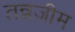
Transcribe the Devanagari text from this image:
तन्नजीम